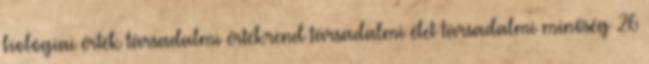
biológiai érték társadalmi értékrend társadalmi élet társadalmi minőség 26